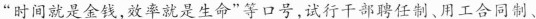
”时间就是金钱，效率就是生命”等口号，试行干部聘任制、用工合同制、